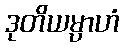
ဒုတိယမ္ပာဟံ